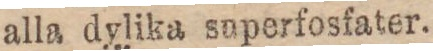
alla dylika superfosfater.